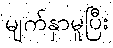
မျက်နှာမူပြီး